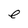
Character: e